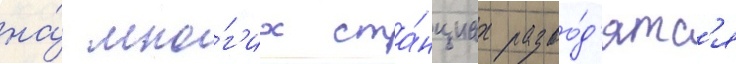
на́ мно́г'их ста́нциах разво́д'ятс'я